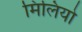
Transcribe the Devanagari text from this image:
मिलियो